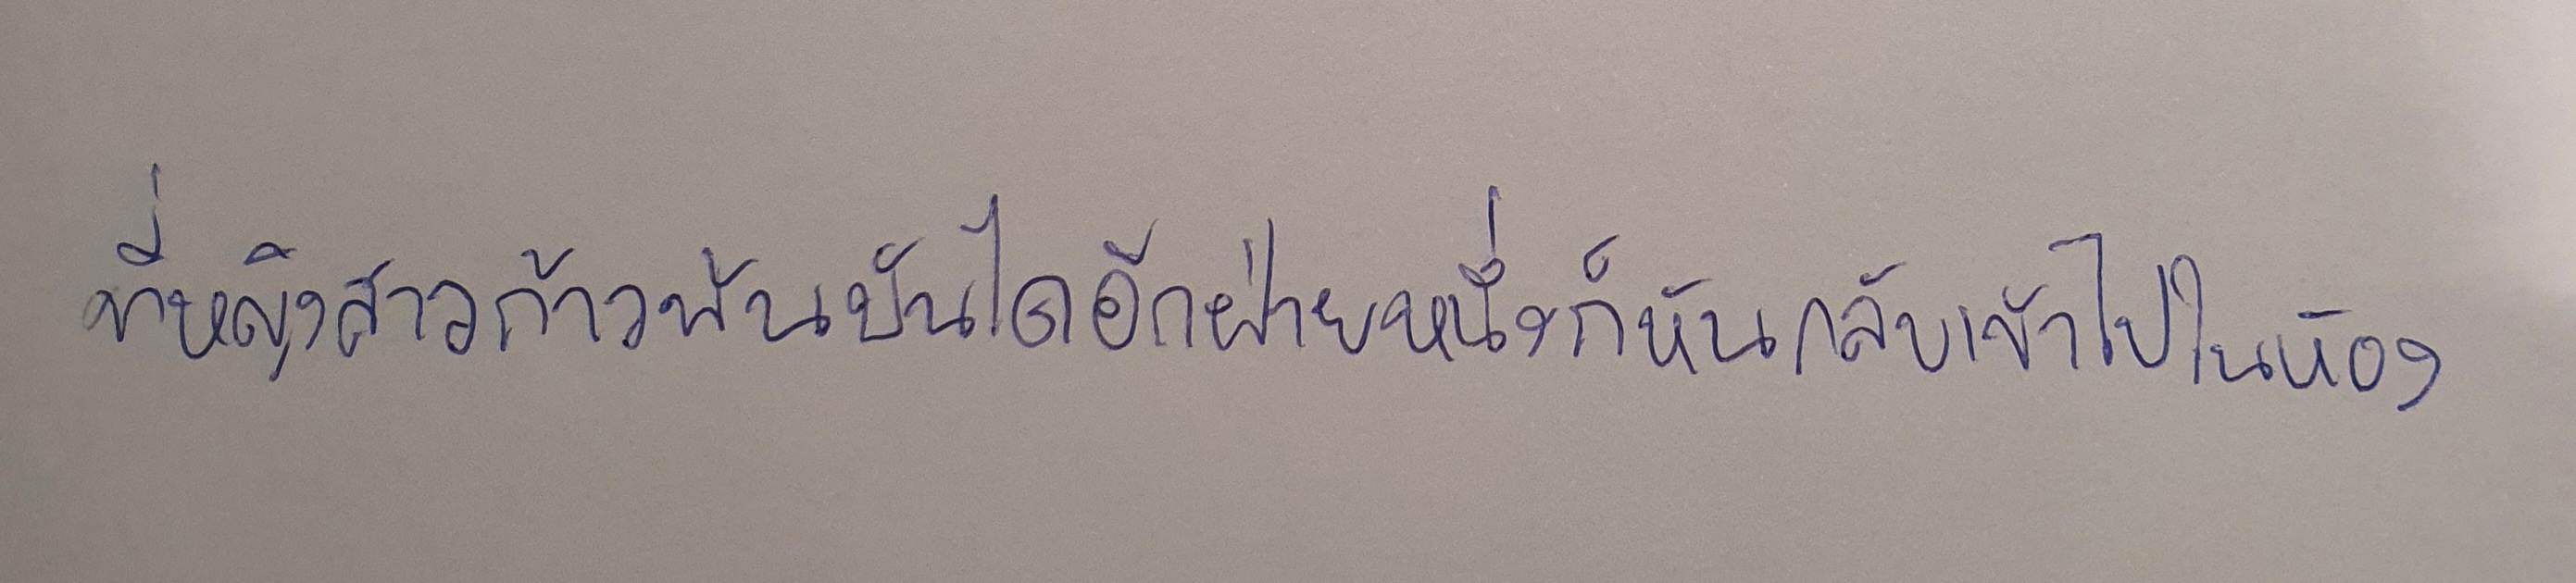
ที่หญิงสาวก้าวพ้นบันไดอีกฝ่ายหนึ่งก็หันกลับเข้าไปในห้อง